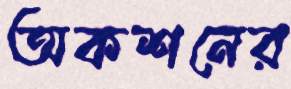
অকশনের